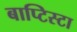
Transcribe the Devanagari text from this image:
बाप्टिस्टा